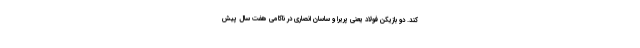
کند. دو بازیکن فولاد یعنی پریرا و ساسان انصاری در ناکامی هفت سال پیش